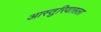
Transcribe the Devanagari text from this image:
आस्तुरियासला